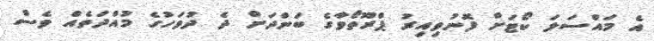
އެ މައްސަލަ ކޯޓަށް ފޮނުވިއިރު ޕްރޫތޯވާގެ ބަންދަށް ދެ ދުވަހުގެ މުއްދަތެއް ވެސް